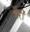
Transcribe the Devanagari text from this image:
सैरी